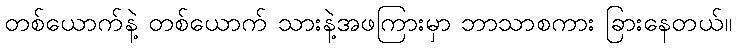
တစ်ယောက်နဲ့ တစ်ယောက် သားနဲ့အဖကြားမှာ ဘာသာစကား ခြားနေတယ်။